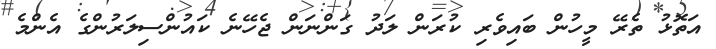
އަތޮޅު ތެރޭ މީހުން ބައިވެރި ކުރަން ލަދު ގަންނަން ޖެހޭނެ ކައުންސިލަރުންގެ އެންމެ